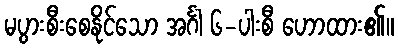
မပွားစီးစေနိုင်သော အင်္ဂါ ၆-ပါးစီ ဟောထား၏။